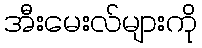
အီးမေးလ်များကို